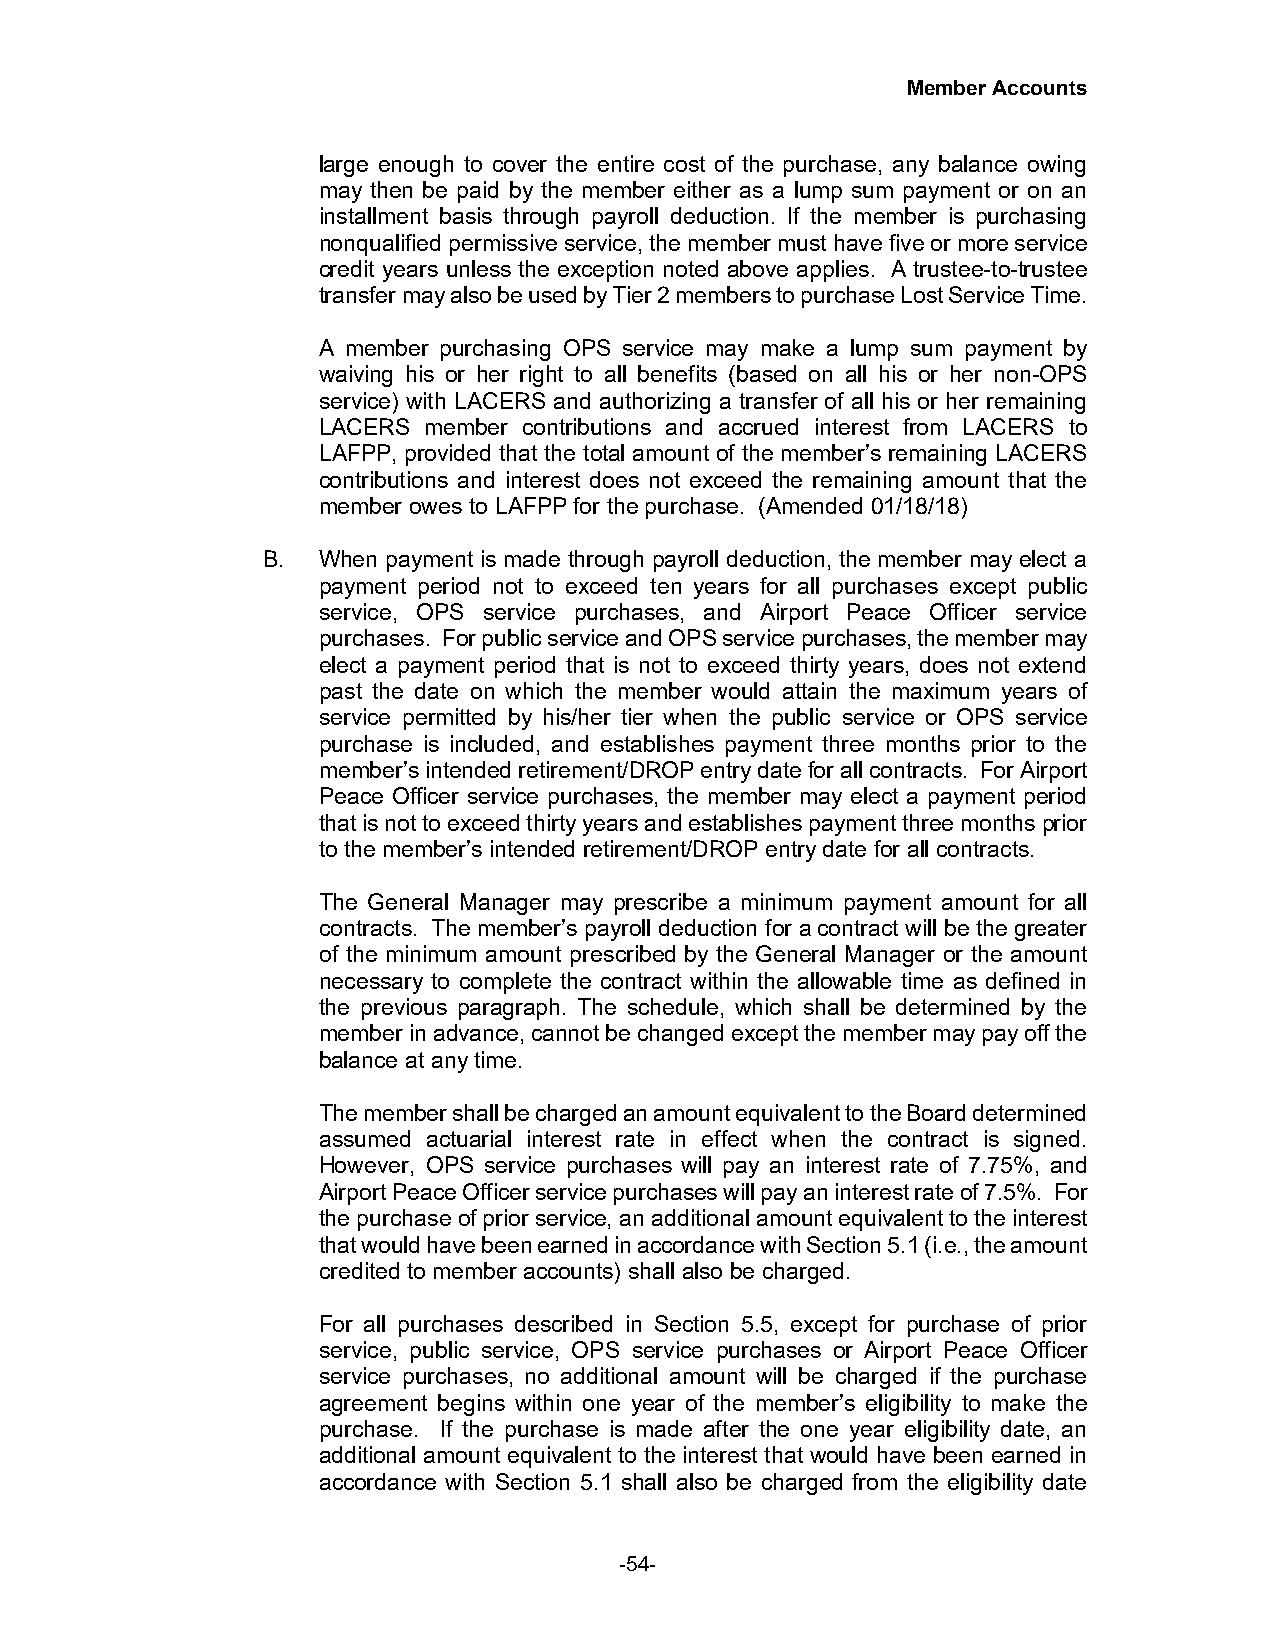
Member Accounts
 large enough to cover the entire cost of the purchase, any balance owing
 may then be paid by the member either as a lump sum payment or on an
 installment basis through payroll deduction. If the member is purchasing
 nonqualified permissive service, the member must have five or more service
 credit years unless the exception noted above applies. A trustee-to-trustee
 transfer may also be used by Tier 2 members to purchase Lost Service Time.
 A member purchasing OPS service may make a lump sum payment by
 waiving his or her right to all benefits (based on all his or her non-OPS
 service) with LACERS and authorizing a transfer of all his or her remaining
 LACERS member contributions and accrued interest from LACERS to
 LAFPP, provided that the total amount of the member’s remaining LACERS
 contributions and interest does not exceed the remaining amount that the
 member owes to LAFPP for the purchase. (Amended 01/18/18)
 B.  When payment is made through payroll deduction, the member may elect a
 payment period not to exceed ten years for all purchases except public
 service, OPS service purchases, and Airport Peace Officer service
 purchases. For public service and OPS service purchases, the member may
 elect a payment period that is not to exceed thirty years, does not extend
 past the date on which the member would attain the maximum years of
 service permitted by his/her tier when the public service or OPS service
 purchase is included, and establishes payment three months prior to the
 member’s intended retirement/DROP entry date for all contracts. For Airport
 Peace Officer service purchases, the member may elect a payment period
 that is not to exceed thirty years and establishes payment three months prior
 to the member’s intended retirement/DROP entry date for all contracts.
 The General Manager may prescribe a minimum payment amount for all
 contracts. The member’s payroll deduction for a contract will be the greater
 of the minimum amount prescribed by the General Manager or the amount
 necessary to complete the contract within the allowable time as defined in
 the previous paragraph. The schedule, which shall be determined by the
 member in advance, cannot be changed except the member may pay off the
 balance at any time.
 The member shall be charged an amount equivalent to the Board determined
 assumed actuarial interest rate in effect when the contract is signed.
 However, OPS service purchases will pay an interest rate of 7.75%, and
 Airport Peace Officer service purchases will pay an interest rate of 7.5%. For
 the purchase of prior service, an additional amount equivalent to the interest
 that would have been earned in accordance with Section 5.1 (i.e., the amount
 credited to member accounts) shall also be charged.
 For all purchases described in Section 5.5, except for purchase of prior
 service, public service, OPS service purchases or Airport Peace Officer
 service purchases, no additional amount will be charged if the purchase
 agreement begins within one year of the member’s eligibility to make the
 purchase. If the purchase is made after the one year eligibility date, an
 additional amount equivalent to the interest that would have been earned in
 accordance with Section 5.1 shall also be charged from the eligibility date
 -54-